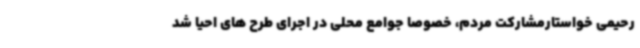
رحیمی خواستارمشارکت مردم، خصوصا جوامع محلی در اجرای طرح های احیا شد